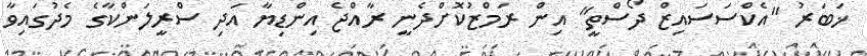
ޚަބަރު "އެކްސަސައިޒް ދޯސްތީ" އިން ރަމްޒުކޮށްދެނީ ރާއްޖެ އިންޑިޔާ އަދި ސްރީލަންކާގެ މެދުގައިވާ